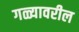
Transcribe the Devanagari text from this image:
गळ्यावरील